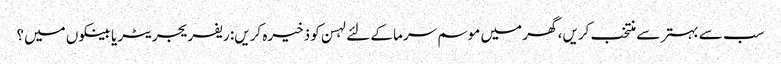
سب سے بہتر سے منتخب کریں، گھر میں موسم سرما کے لئے لہسن کو ذخیرہ کریں: ریفریجریٹر یا بینکوں میں؟